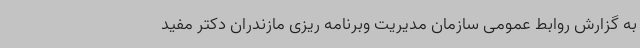
به گزارش روابط عمومی سازمان مدیریت وبرنامه ریزی مازندران دکتر مفید